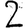
Digit: 2